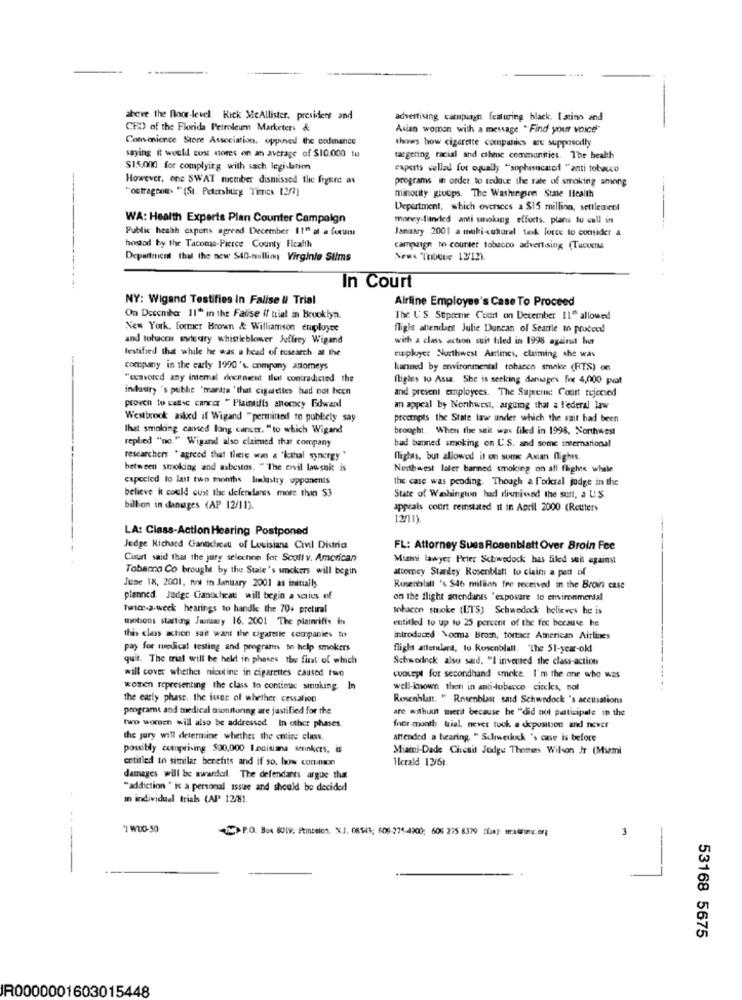
above the floor-level. Rick MeAllister, president and
advertising catupaign featuring black. Istino and
CED of the Florida Petroleum Marketers &
Asian women with a message "Find your voice"
Convenience Store Association, opposed the codeance
shows how cigarette compitiics we supposedly
saying it would cost stores on an average of $10.000 tu
targeting racial and cthne communities. The health
$15.000 for complyitg with sach legislation
experts cullad for equally "sophisticated "anti tobucco
However, one SWAT member dismissed the figure as
programs in order to tedque the rate of smoking among
"outrageous " (St. Petersburg Times 12/7)
minority groups. The Washinginn Stale Health
Department, which oversees a $15 million, settlement
WA: Health Experts Plan Counter Campaign
money-funded anti smoking efforts. plans to cull in
Public heahh expens agreed December 11º at a foxum
Janasty 2001 a maki-cultural task force to consider a
hosted by the Tacoma-Pierce County Health
campaign to counter tobacco advertising (Tucoca
Department that the new 540-million Virginie Silms
News "Tribune 12'12).
In Court
NY: Wigand Testifies In Falise & Trial
Airline Employee's Case To Proceed
On December 11" in the Falise #/ trial in brooklyn.
The U'S. Supreme Court on December 11" allowed
New York. former Brown & Williamson employee
flight attendant Julie Duncan of Seattle to proceed
and tobacca weary whistleblower Jeffrey Wigand
with a class action suit tiled in 1998 against hur
testified that while he was a head of research al the
euployer Northwest Airlines, claiming she was
company in the early 1990's. company attorneys
kanned by erwvironmental tobacen smake (RTS) on
"wcavored any internal doch nicht thul contradicted the
flights to Assa. She is seeking damages fre 4,000 pvat
inary 's public 'mantra ' that ciguelles had not been
and present employees. The Super: Court rejected
proven to calc cancer " Plaintiffs antemcy Edward
an appeal by Northwest, arguing that a l'ederal law
Westbrook asked if Wigand "permined to publicly say
preempts the State law under which the sait had been
that smoking camed lung cancer. "to which Wigand
brought. When the seit was filed in 1998, Northwest
replied "no." Wigand also claimed that company
had banned smoking on U.S. and some international
researchers "agreed that there was a 'icthul synergy"
flighas, but allowed it on sume Asian flights.
between smoking and asbestos. " The ervil lawsnic is
Nedthwest later banned smoking on all flighte while
expected to last two months linkastry opponents
the case was pending. Though a Federal judge in the
believe it could cust the defendants more than $3
State of Washington had dismind the suit, a U.S.
billion in danuages (AP 12/11).
appeals court reinstated it in April 2000 (Reuters
LA: Class-Action Hearing Postponed
Judge Richard Ganocheat of Louisiana Civil Distria
FL: Attorney Sues Rosenblatt Over Broin Fee
Court said that the jury selechine for Scott v. American
Miami lawyer Peter Schwedock has filed suit against
Tobacco Co brought by the State's smokers will begin
attorney Stardey Rosenblatt to claim a pent of
June 18, 2001, noi in January 2001 as initially
Rosenblatt 's $46 million fre received in the Broin case
planned. Judge Canucheat will begin a varies of
on the flight anendants 'exposure to environmental
twice-a-week hearings to handle the 70+ pretiral
tobacon smoke (ETS). Schwedock believes he is
motions starting January 16, 2001 The plainriffs in
entitled to up to 25 percent of the fec because he
this class achon sait want the cigatelle companies to
introduced \oca brom, tortaer American Airlines
pay for medical testing and programs to help smokers
flight atterlant, to Rosenblall. "The 51-year-old
quit. The trial will be held in phases the first of which
Schwodnek also said, "I inverted the class-action
will cover whether nicotine in cigarettes caused two
cuocepl for secondhand smoke. I'm the one who was
women representing the class to continue smoking. In
well-known theh in anti-tobacco circles, not
the early phase, the issue of whether cessation
Rosenblatt. " Rosenblatt sad Schwedock 's accitsations
programs and medical oushiftunng are justified for the
are without merit because he "did not participate in the
two women will also be addressed In other phases.
fher-month triel. nevet tock a deposition and never
the jury will determine whether the entire class.
attended a hearing. " Schweduck 's ane is before
possibly cotaprising $00,000 I.nuisima sminkcrs, is
Miami-Dade Circuit Judge Thetrees Wilson Jr (Miami
entitled to similar benefits and if so, how common
llcrald 12/6).
damages will be awarded. The defendants argue that
"addiction " is a personal issue and should be decided
m individual trials (AP 12/81.
*1 WUO-50
THE P.O. Bus SUL9. Ptincelen, NJ. 06543; 609-275-4900; 605 275 8379 ffan): mmradomz.org
53168 5675
R0000001603015448